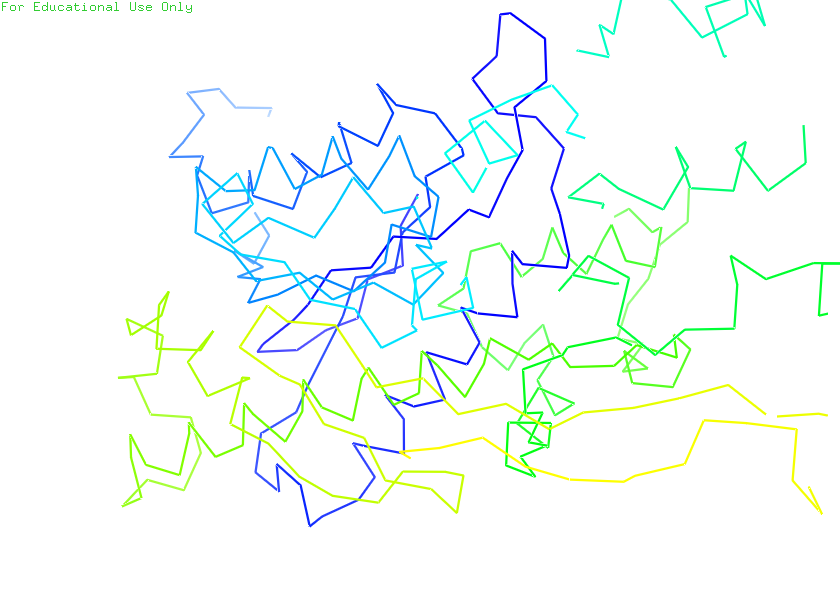
pymol, preset, ligand_sites